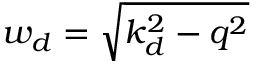
w _ { d } = \sqrt { k _ { d } ^ { 2 } - q ^ { 2 } }